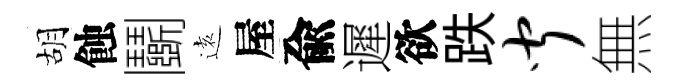
胡蝕鬬逺屋兪遲欲跌闻無